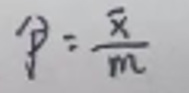
$\hat{p}=\frac{\bar{x}}{m}$